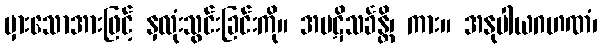
မှားသောအားဖြင့် နှလုံးသွင်းခြင်းကို။ အပဋိသင်္ခန္တိ၊ ကား။ အနုပါယဂဟဏံ၊